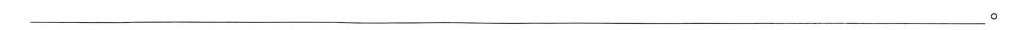
___。